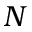
N